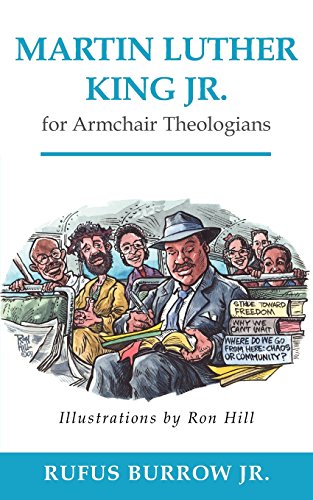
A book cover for Martin Luther King Jr. for Armchair Theologians; Rufus Burrow Jr.; Christian Books & Bibles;